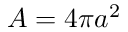
A = 4 \pi a ^ { 2 }